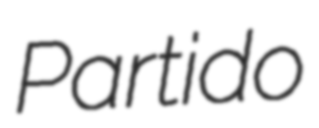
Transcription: Partido